Vaccination in Burma 1920-1933 - 1920-1933
Year: 1920
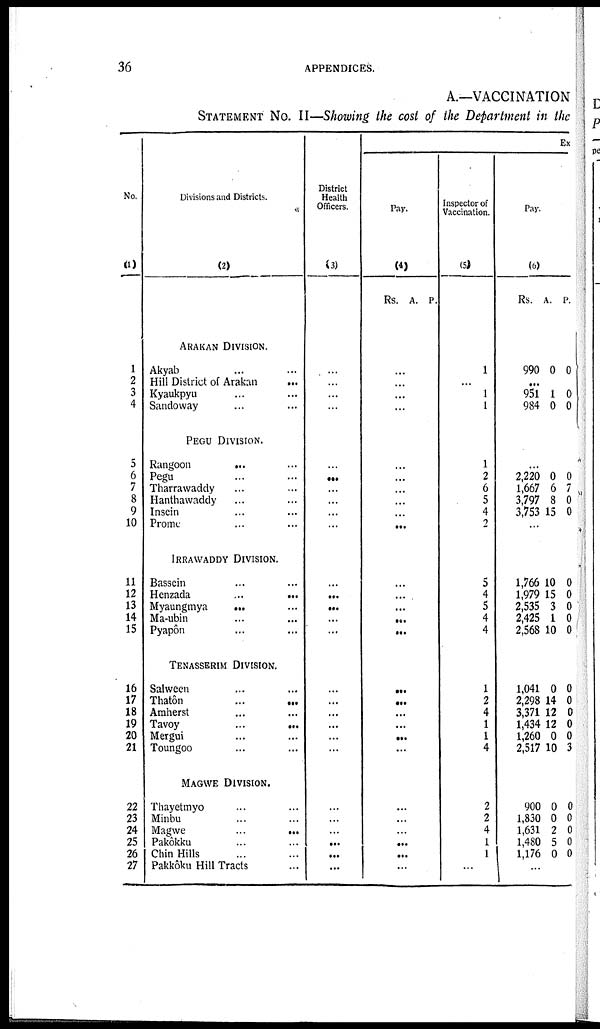
36
APPENDICES.
A.—VACCINATION
STATEMENT No. II—Showing the cost of the Department in the
No.
(1)
1
2
3
4
5
6
7
8
9
10
11
12
13
14
15
16
17
18
19
20
21
22
23
24
25
26
27
Divisions and Districts.
(2)
ARAKAN DIVISION.
Akyab ... ...
Hill District of Arakan
...
Kyaukpyu ... ...
Sandoway ... ...
PEGU DIVISION.
Rangoon ... ...
Pegu ... ...
Tharrawaddy ... ...
Hanthawaddy ... ...
Insein ... ...
Prome ... ...
IRRAWADDY DIVISION.
Bassein ... ...
Henzada
...
...
Myaungmya
...
...
Ma-ubin ... ...
Pyapôn ... ...
TENASSERIM DIVISION.
Salween ... ...
Thatôn
...
...
Amherst ... ...
Tavoy
...
...
Mergui ... ...
Toungoo ... ...
MAGWE DIVISION.
Thayetmyo ... ...
Minbu ... ...
Magwe
...
...
Pakôkku ... ...
Chin Hills ... ...
Pakkôku Hill Tracts ...
District
Health
Officers.
(3)
...
...
...
...
...
...
...
...
...
...
...
...
...
...
...
...
...
...
...
...
...
...
...
...
...
...
...
Ex
Pay.
(4)
Rs. A. P.
...
...
...
...
...
...
...
...
...
...
...
...
...
...
...
...
...
...
...
...
...
...
...
...
...
...
...
Inspector of
Vaccination.
(5)
1
...
1
1
1
2
6
5
4
2
5
4
5
4
4
1
2
4
1
1
4
2
2
4
1
1
...
Pay.
(6)
Rs. A. P.
990 0 0
...
951
984
1
0
0
0
...
2,220
1,667
3,797
3,753
0
6
8
15
0
7
0
0
...
1,766
1,979
2,535
2,425
2,568
10
15
3
1
10
0
0
0
0
0
1,041
2,298
3,371
1,434
1,260
2,517
0
14
12
12
0
10
0
0
0
0
0
3
900
1,830
1,631
1,480
1,176
0
0
2
5
0
0
0
0
0
0
...